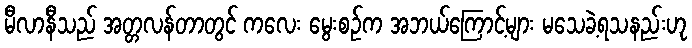
မီလာနီသည် အတ္တလန်တာတွင် ကလေး မွေးစဉ်က အဘယ်ကြောင့်များ မသေခဲ့ရသနည်းဟု